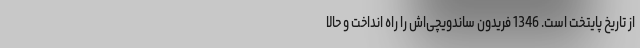
از تاریخ پایتخت است. 1346 فریدون ساندویچی‌اش را راه انداخت و حالا